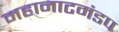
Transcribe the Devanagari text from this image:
महानाटमंडप